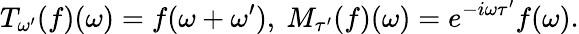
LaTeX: T_{\omega^{\prime}}(f)(\omega)=f(\omega+\omega^{\prime}),\ M_{\tau^{\prime}}(f)(\omega)=e^{-i\omega\tau^{\prime}}f(\omega).